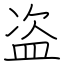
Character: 盗